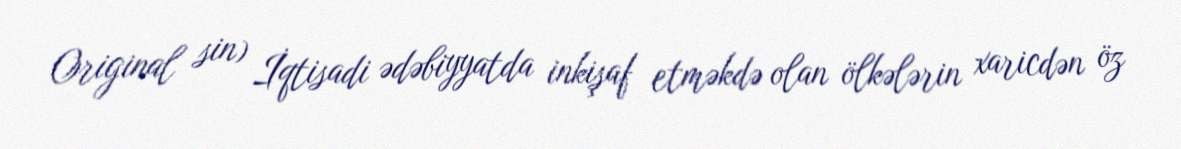
Original sin) İqtisadi ədəbiyyatda inkişaf etməkdə olan ölkələrin xaricdən öz